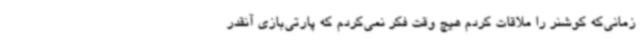
زمانی‌که کوشنر را ملاقات کردم هیچ وقت فکر نمی‌کردم که پارتی‌بازی آنقدر